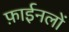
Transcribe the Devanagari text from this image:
फ़ाईनलों